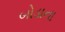
બોડાના